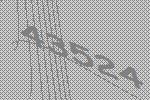
43524